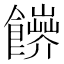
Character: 𩟑